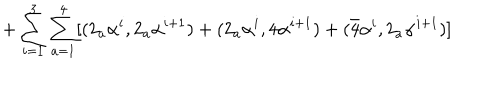
+ \sum _ { i = 1 } ^ { 3 } \sum _ { a = 1 } ^ { 4 } [ ( 2 _ { a } \alpha ^ { i } , 2 _ { a } \alpha ^ { i + 1 } ) + ( 2 _ { a } \alpha ^ { i } , 4 \alpha ^ { i + 1 } ) + ( \bar { 4 } \alpha ^ { i } , 2 _ { a } \alpha ^ { i + 1 } ) ]